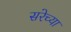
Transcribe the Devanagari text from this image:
सरेच्या